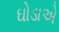
ઘોડાએ